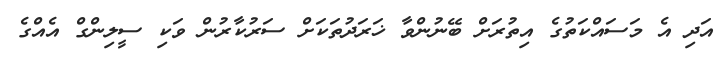
އަދި އެ މަސައްކަތުގެ އިތުރަށް ބޭނުންވާ ޚަރަދުތަކަށް ސަރުކާރުން ވަކި ސީލިންގް އެއްގެ